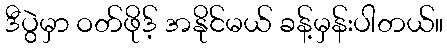
ဒီပွဲမှာ ဝတ်ဖိုဒ့် အနိုင်မယ် ခန့်မှန်းပါတယ်။